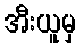
အီးယူမှ